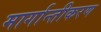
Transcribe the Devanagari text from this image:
मार्गान्तीकरण